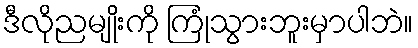
ဒီလိုညမျိုးကို ကြုံသွားဘူးမှာပါဘဲ။